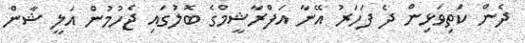
ދެން ކަތިވަޅިން ދެ ފަހަރު އޭނާ އަފްރާޝީމްގެ ބޮލުގައި ޖެހުމުން އަލީ ޝާން